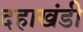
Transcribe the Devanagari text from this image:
दहाखंडी